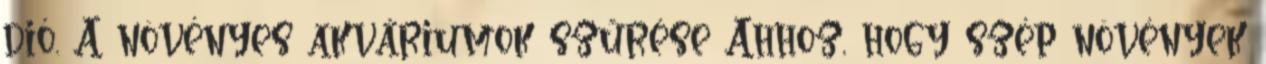
dió. A növényes akváriumok szűrése Ahhoz, hogy szép növények